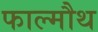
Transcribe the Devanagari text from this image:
फाल्मौथ